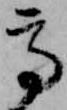
高